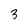
Character: 3